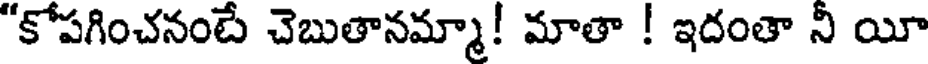
"కోపగించనంటే చెబుతానమ్మా! మాతా ! ఇదంతా నీ యీ